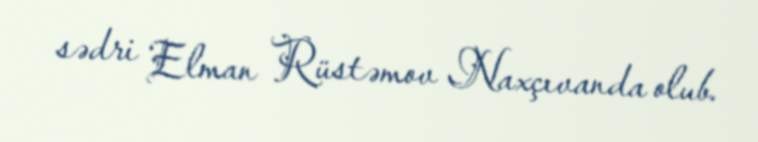
sədri Elman Rüstəmov Naxçıvanda olub.